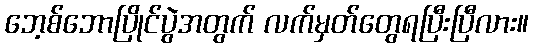
ဘေ့စ်ဘောပြိုင်ပွဲအတွက် လက်မှတ်တွေရပြီးပြီလား။